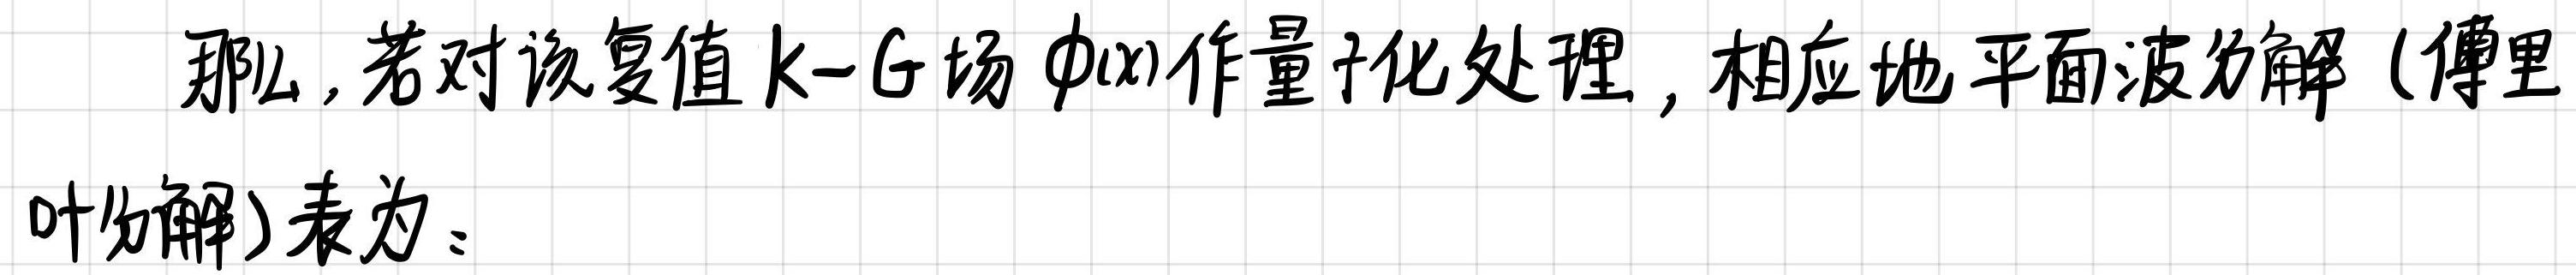
那么,若对该复值 $\mathrm{k}-\mathrm{G}$ 场 $\phi(x)$ 作量子化处理, 相应地平面波分解 (傅里叶分解) 表为: